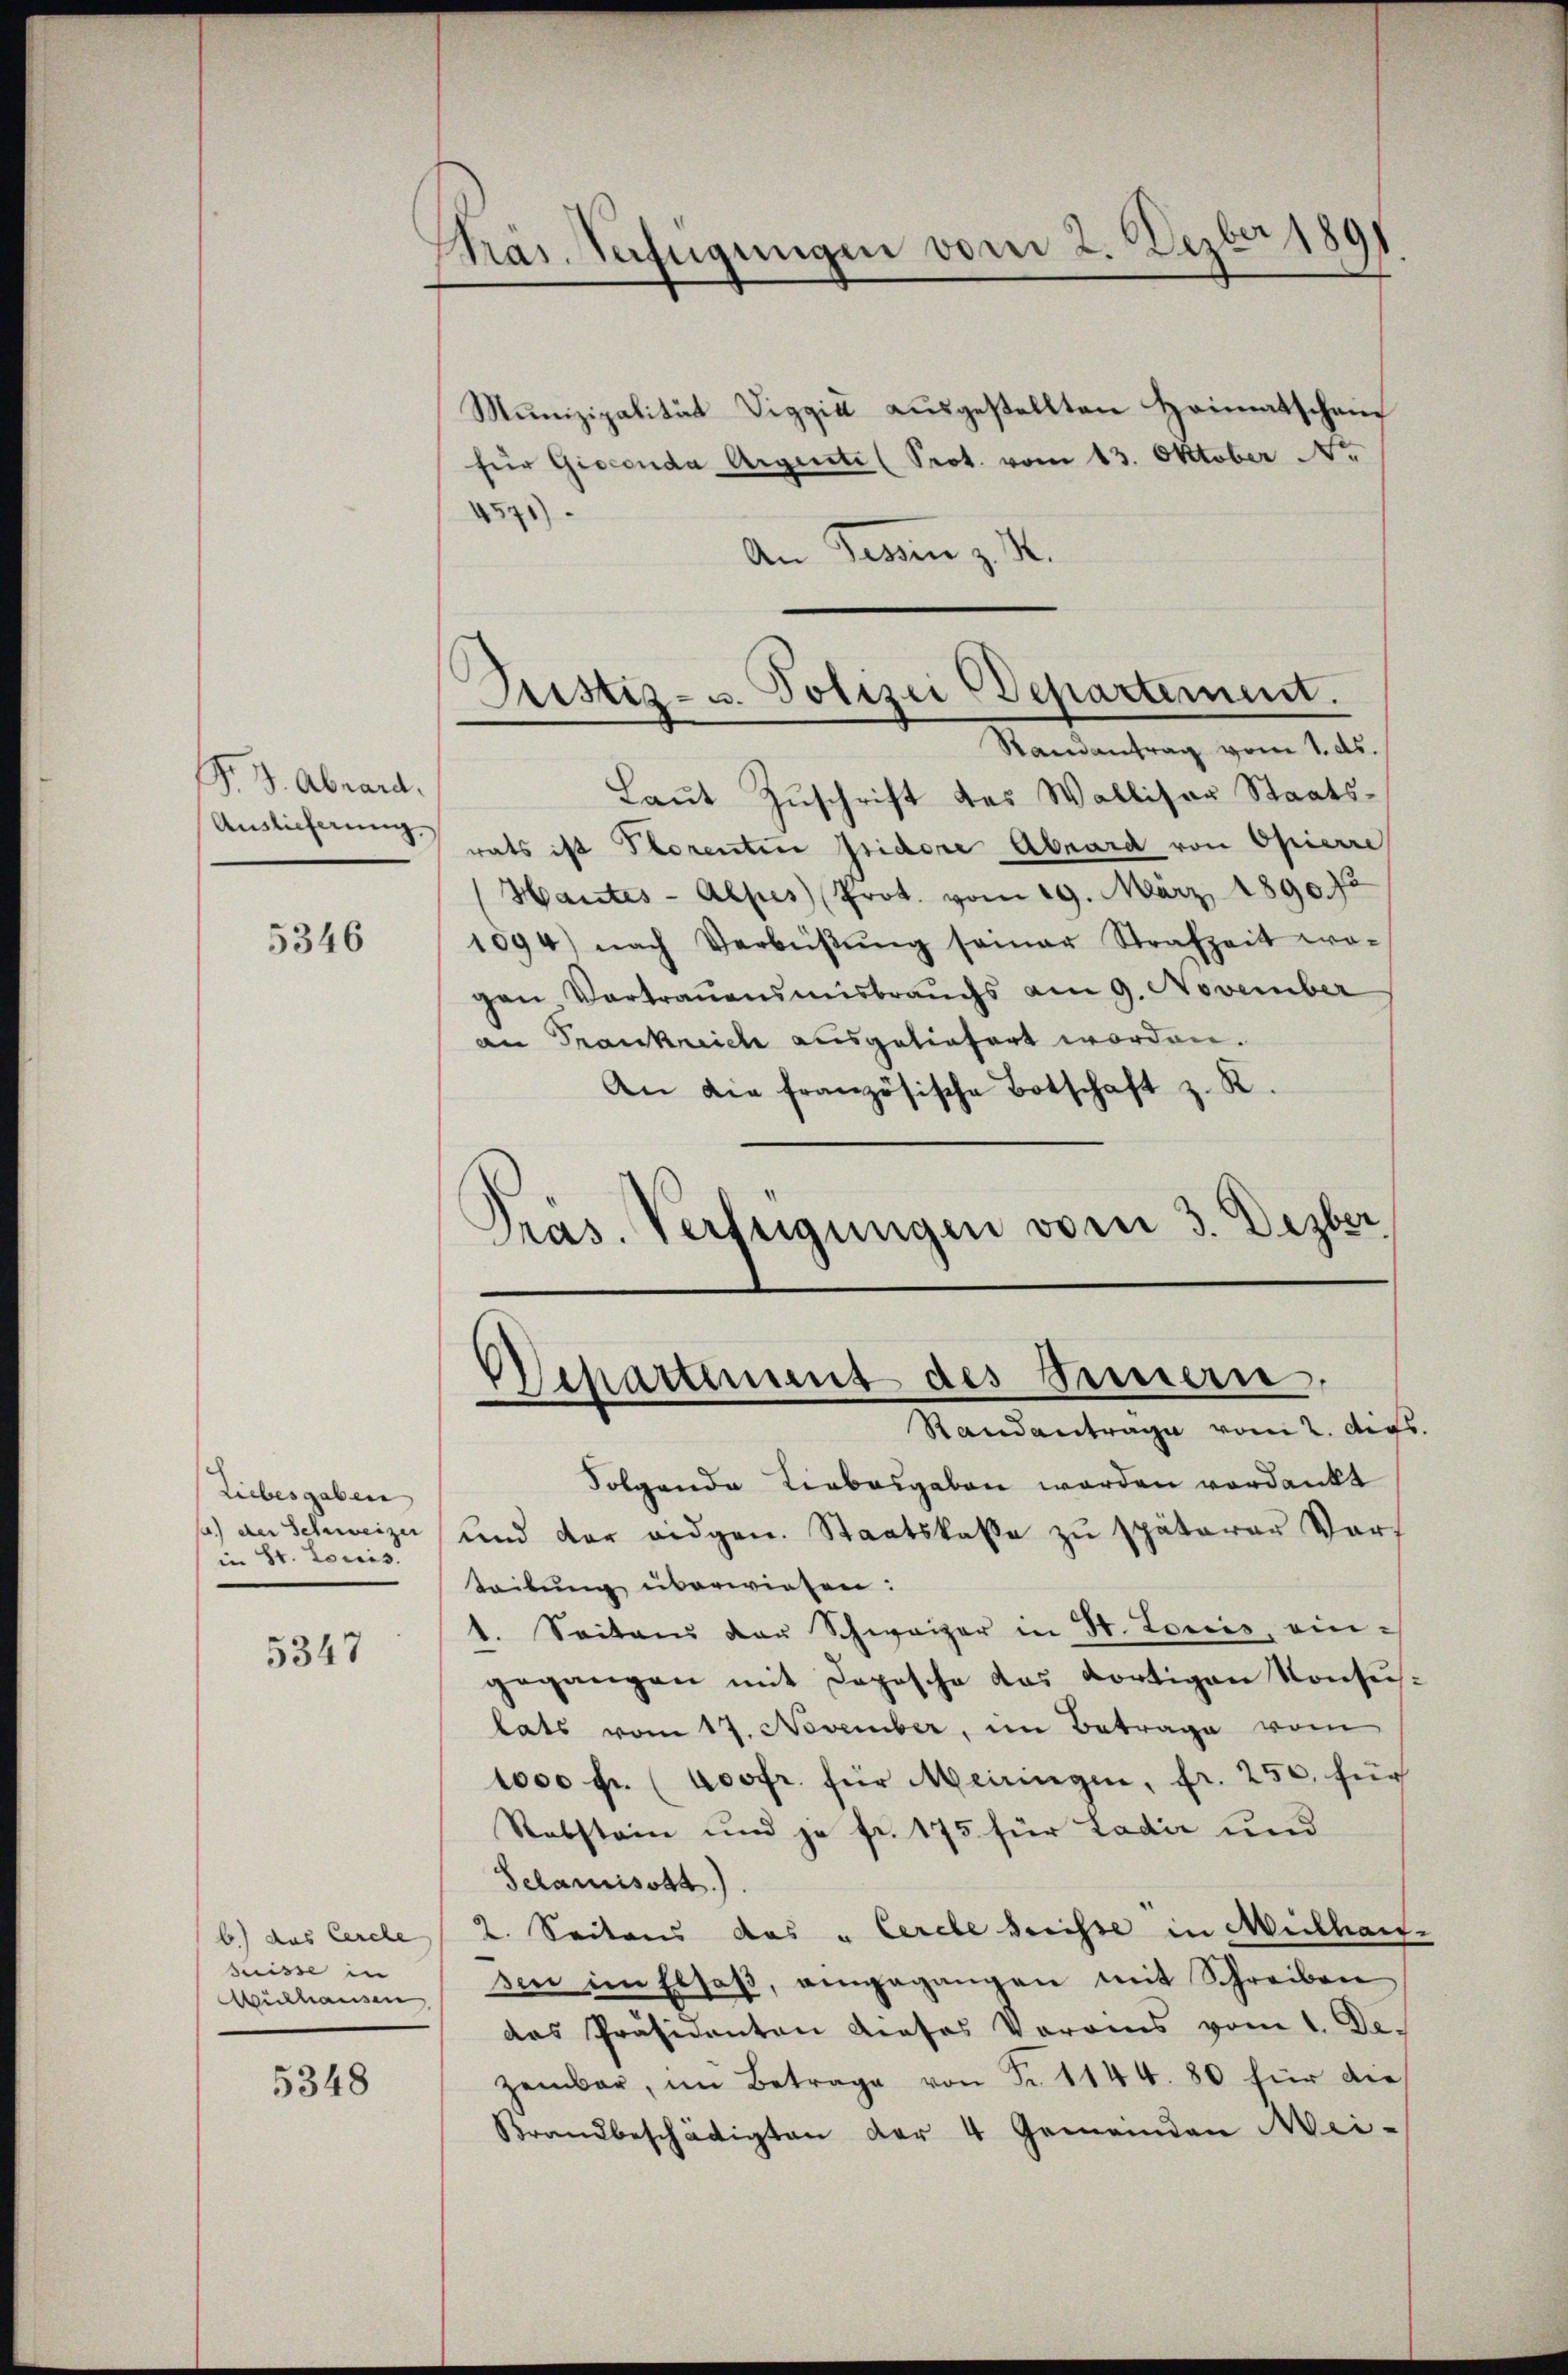
P. d. Abrand.

5346

Liebesgaben
1.) der Schweizer
in St. Louis.

5347

b.) das Cercle
Suisse in
Mülhausen,

5348

9
Stras. Verfügungen vom 2. Dezbot.

Munizipalität Viggić ausgestellten Heimatschein
für Giocenda Argeste (Prot. vom 13. Oktober Nr
4571).
An Gessen z. B.
Laut Zuschrift des Walliser Staats¬
Auslieferungsrats ist Plorentin Jsidore Abnard von Opierre
Hantes - Alpes Prot. vom 19. März 1890. 75
1094) nach Verbniβŭng seiner Strafzeit wo-
gen Vortrauensmisbrauchs am 9. November
an Frankreich ausgeliefert worden.
An die französische Botschaft z. R.
Pras. Verfügungen vom 3. Dezber

Justiz- u. Polizei Departement.
Randantrag vom 1. ds.

Uehattenant des Sinnern,
Standantrage vom 2. Augs.

Folgende Liebesgaben worden verdankt
und der eidgen. Staatskasse zu späterer Vor-
teilŭng überwiesen:
1. Seitens der Schweizer in St. Loris, eingegangen mit Depesche das dortigen Konsuslats vom 17. November, im Betrage vom
1000 fr. (voofr. für Meiringen, fr. 250. für
Rebstein und je fr. 175 für Ladić und
Schanisott)
2. Seitens das " Cerebe dreisse in Müllhaus-
sen im Elsaß, eingegangen mit Schreiben
das Präsidenten dieses Voraus vom 1. Dezenbar, im Betrage von Nr. 1144. 80 für die
Brandbeschädigten der 4 Gemeinden Mei-